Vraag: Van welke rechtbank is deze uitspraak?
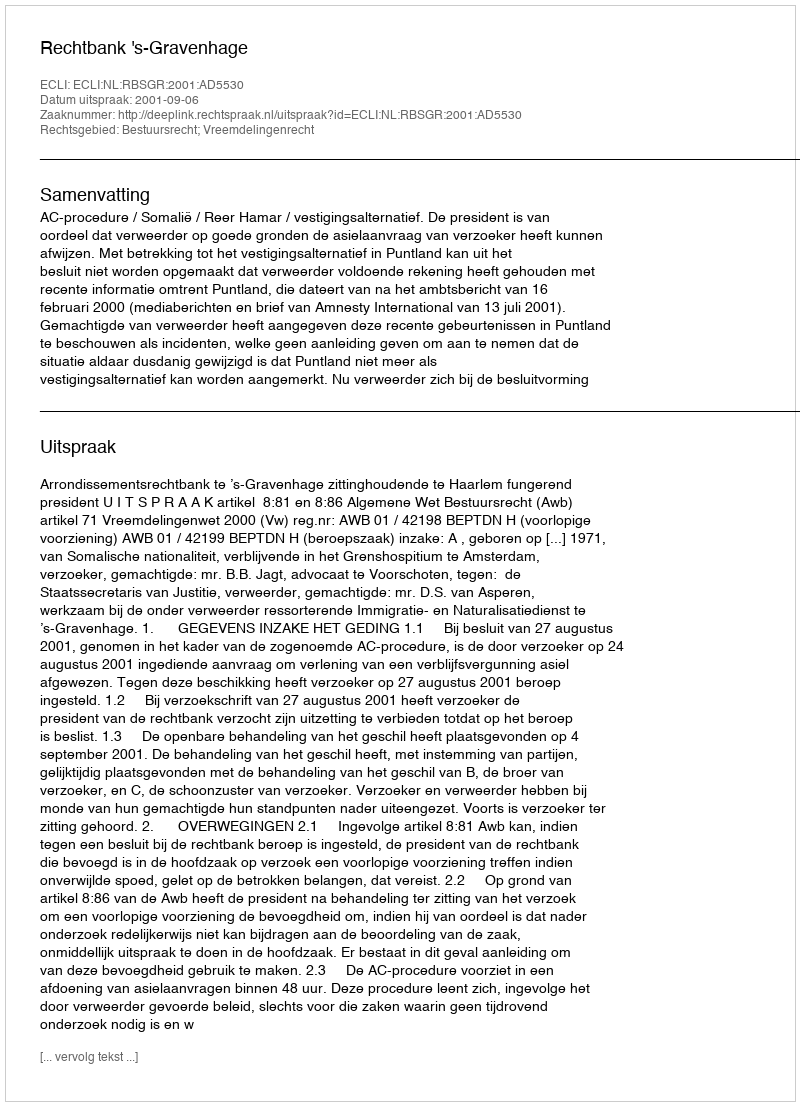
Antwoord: Rechtbank 's-Gravenhage